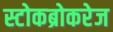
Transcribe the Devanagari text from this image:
स्टोकब्रोकरेज